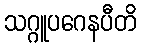
သဂ္ဂူပဂေနပီတိ